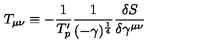
T _ { \mu \nu } \equiv - \frac { 1 } { T _ { p } ^ { \prime } } \frac { 1 } { ( - \gamma ) ^ { \frac { 1 } { 4 } } } \frac { \delta S } { \delta \gamma ^ { \mu \nu } }